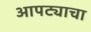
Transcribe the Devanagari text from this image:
आपट्याचा